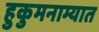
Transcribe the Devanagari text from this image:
हुकुमनाम्यात